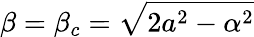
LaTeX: \beta=\beta_{c}=\sqrt{2a^{2}-\alpha^{2}}